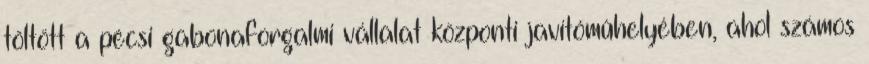
töltött a pécsi gabonaforgalmi vállalat központi javítómûhelyében, ahol számos